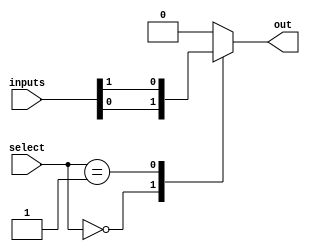
module mux512to1 (
  input [511:0] inputs,
  input [8:0] select,
  output reg out
);

always @(*) begin
  case (select)
    9'b000000000: out = inputs[0];
    9'b000000001: out = inputs[1];
    // Add similar cases for all 512 inputs
    default: out = 0; // default output is 0
  endcase
end

endmodule